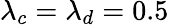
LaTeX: \lambda_{c}=\lambda_{d}=0.5